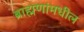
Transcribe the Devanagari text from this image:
ब्राह्मणांमधील